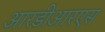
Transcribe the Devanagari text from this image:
आरडीआरएस